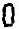
0